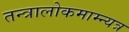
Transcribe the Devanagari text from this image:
तन्त्रालोकमाम्न्यत्र